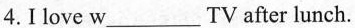
4.I love w_TV after lunch.